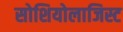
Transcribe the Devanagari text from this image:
सोशियोलाजिस्ट